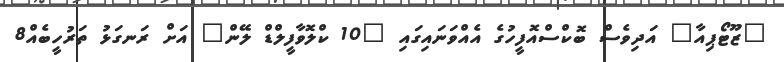
"ޒޫޓޯޕިއާ" އަދިވެސް ބޮކްސްއޮފީހުގެ އެއްވަނައިގައި "10 ކްލޮވާފީލްޑް ލޭން" އަށް ރަނގަޅު ތަރުހީބެއް8